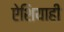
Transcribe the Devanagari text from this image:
ऐशियाही